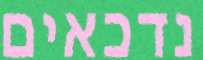
נדכאים